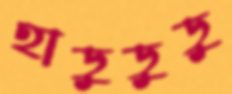
হাডুডুডু